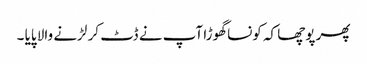
پھر پوچھا کہ کونسا گھوڑا آپ نے ڈٹ کر لڑنے والا پایا ۔